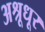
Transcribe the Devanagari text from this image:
अश्रूधूर